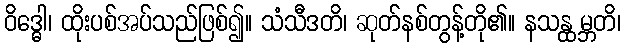
ဝိဒ္ဓေါ၊ ထိုးပစ်အပ်သည်ဖြစ်၍။ သံသီဒတိ၊ ဆုတ်နစ်တွန့်တို၏။ နသန္ထမ္ဘတိ၊